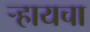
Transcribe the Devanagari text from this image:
र्‍हायचा